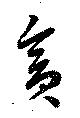
貪